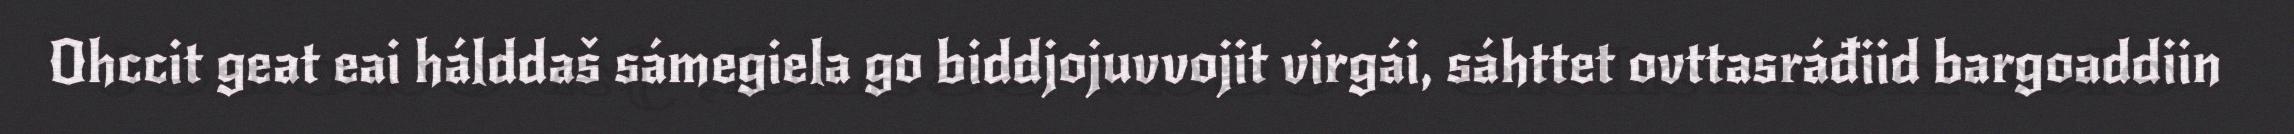
Ohccit geat eai hálddaš sámegiela go biddjojuvvojit virgái, sáhttet ovttasráđiid bargoaddiin